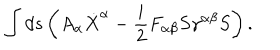
LaTeX: \int d s \left( A _ { \alpha } \dot { X } ^ { \alpha } - { \frac { i } { 2 } } F _ { \alpha \beta } S \gamma ^ { \alpha \beta } S \right) .